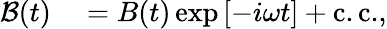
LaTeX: \begin{array}{rl}{\mathcal{B}(t)}&{{}=B(t)\exp{\left[-i\omega t\right]}+\mathrm{c.c.},}\end{array}